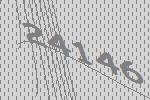
24146